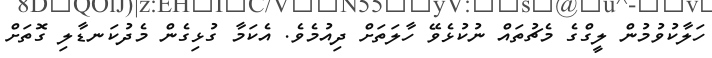
ހަލާކުވުމުން ލީގްގެ މެޗުތައް ނުކުޅެވޭ ހާލަތަށް ދިއުމެވެ. އެކަމާ ގުޅިގެން މެދުކަނޑާލި ގޮތަށް